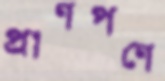
প্রাণপণে